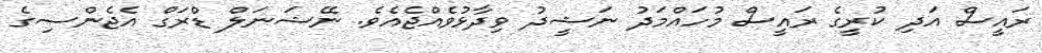
ރައީސް އަދި ކުރީގެ ރައީސް މުހައްމަދު ނަޝީދު ވިދާޅުވެއްޖެއެވެ. ނޭޝަނަލް ޑްރަގް އެޖެންސިގެ